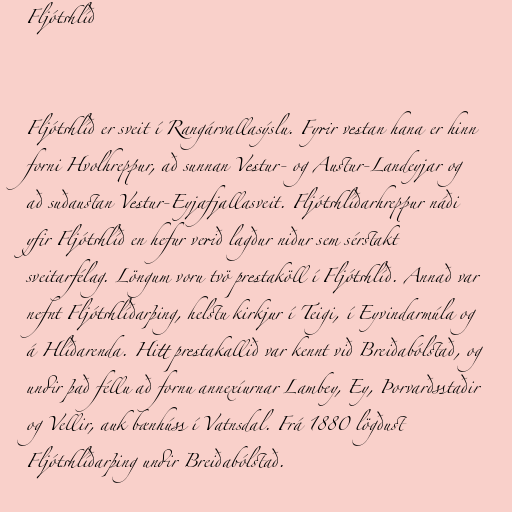
Fljótshlíð

Fljótshlíð er sveit í Rangárvallasýslu. Fyrir vestan hana er hinn
forni Hvolhreppur, að sunnan Vestur- og Austur-Landeyjar og
að suðaustan Vestur-Eyjafjallasveit. Fljótshlíðarhreppur náði
yfir Fljótshlíð en hefur verið lagður niður sem sérstakt
sveitarfélag. Löngum voru tvö prestaköll í Fljótshlíð. Annað var
nefnt Fljótshlíðarþing, helstu kirkjur í Teigi, í Eyvindarmúla og
á Hlíðarenda. Hitt prestakallið var kennt við Breiðabólstað, og
undir það féllu að fornu annexíurnar Lambey, Ey, Þorvarðsstaðir
og Vellir, auk bænhúss í Vatnsdal. Frá 1880 lögðust
Fljótshlíðarþing undir Breiðabólstað.